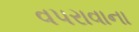
વપરાવાના